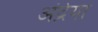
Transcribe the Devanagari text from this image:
अंद्रेया